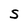
Character: s